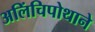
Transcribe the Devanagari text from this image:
अलिंचिपोथाने